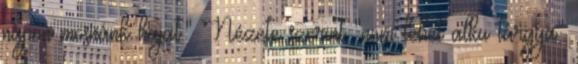
napon mosnánk hajat." Nézete szerint "nem lehet alku tárgya"